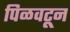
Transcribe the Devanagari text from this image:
पिळवटून